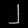
Digit: ၂